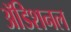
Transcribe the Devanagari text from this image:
अॅडिशनल